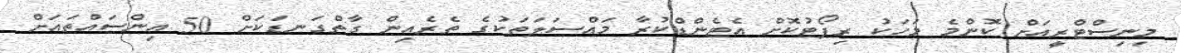
މިނިސްޓްރީއަށް ކޮންމެ މަހަކު ރިޕޯޓުކޮށް އެޓެންޑްކުރާ މައްސަލަތަކުގެ ތެރެއިން ގާތްގަނޑަކަށް 50 އިންސައްތައަށް